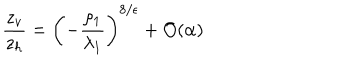
\frac { z _ { v } } { z _ { h } } = \left( - \frac { \rho _ { 1 } } { \lambda _ { 1 } } \right) ^ { 8 / \epsilon } + { \cal O } ( \alpha )